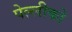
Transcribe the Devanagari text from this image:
पेल्लीको